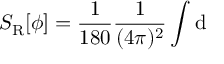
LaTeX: S _ { \mathrm { R } } [ \phi ] = \frac { 1 } { 1 8 0 } \frac { 1 } { ( 4 \pi ) ^ { 2 } } \int \mathrm { d }